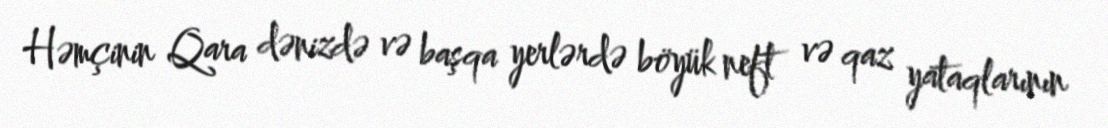
Həmçinin Qara dənizdə və başqa yerlərdə böyük neft və qaz yataqlarının